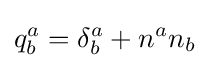
q_{b}^{a}=\delta _{b}^{a}+n^{a}n_{b}